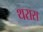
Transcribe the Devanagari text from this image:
थरास